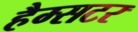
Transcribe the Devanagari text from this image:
हैम्सटर